Civil Veterinary Department. Madras. Admin. report 1926-33 - 1926-1933
Year: 1926
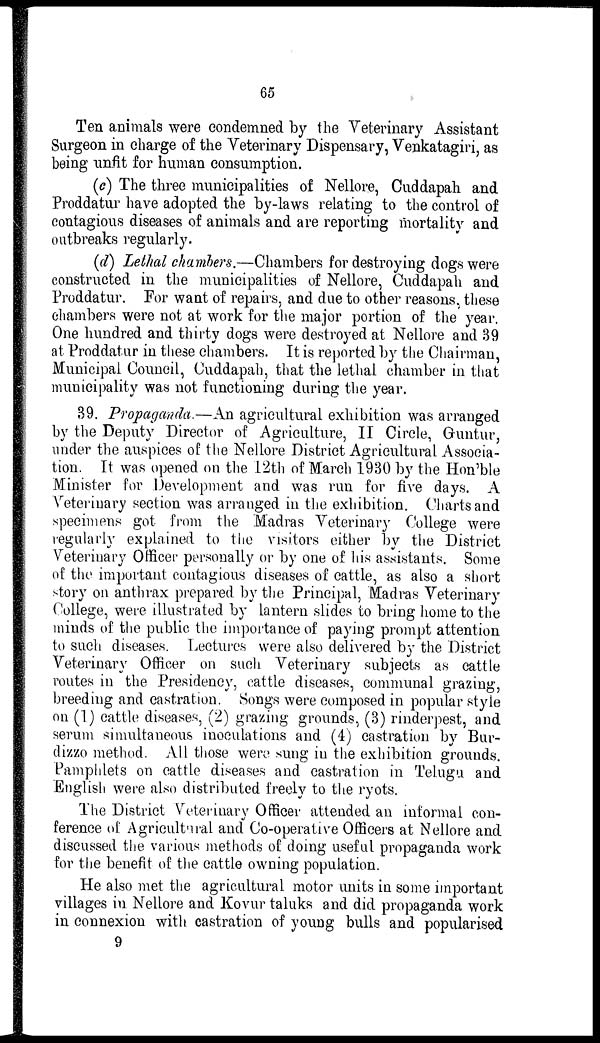
65
Ten animals were condemned by the Veterinary Assistant
Surgeon in charge of the Veterinary Dispensary, Venkatagiri, as
being unfit for human consumption.
(c) The three municipalities of Nellore, Cuddapah and
Proddatur have adopted the by-laws relating to the control of
contagious diseases of animals and are reporting mortality and
outbreaks regularly.
(d) Lethal chambers.—Chambers for destroying dogs were
constructed in the municipalities of Nellore, Cuddapah and
Proddatur. For want of repairs, and due to other reasons, these
chambers were not at work for the major portion of the year,
One hundred and thirty dogs were destroyed at Nellore and 39
at Proddatur in these chambers. It is reported by the Chairman,
Municipal Council, Cuddapah, that the lethal chamber in that
municipality was not functioning during the year.
39. Propaganda.—An agricultural exhibition was arranged
by the Deputy Director of Agriculture, II Circle, Guntur,
under the auspices of the Nellore District Agricultural Associa-
tion. It was opened on the 12th of March 1930 by the Hon'ble
Minister for Development and was run for five days. A
Veterinary section was arranged in the exhibition. Charts and
specimens got from the Madras Veterinary College were
regularly explained to the visitors either by the District
Veterinary Officer personally or by one of his assistants. Some
of the important contagious diseases of cattle, as also a short
story on anthrax prepared by the Principal, Madras Veterinary
College, were illustrated by lantern slides to bring home to the
minds of the public the importance of paying prompt attention
to such diseases. Lectures were also delivered by the District
Veterinary Officer on such Veterinary subjects as cattle
routes in the Presidency, cattle diseases, communal grazing,
breeding and castration. Songs were composed in popular style
on (1) cattle diseases, (2) grazing grounds, (3) rinderpest, and
serum simultaneous inoculations and (4) castration by Bur-
dizzo method. All those were sung in the exhibition grounds.
Pamphlets on cattle diseases and castration in Telugu and
English were also distributed freely to the ryots.
The District Veterinary Officer attended an informal con-
ference of Agricultural and Co-operative Officers at Nellore and
discussed the various methods of doing useful propaganda work
for the benefit of the cattle owning population.
He also met the agricultural motor units in some important
villages in Nellore and Kovur taluks and did propaganda work
in connexion with castration of young bulls and popularised
9